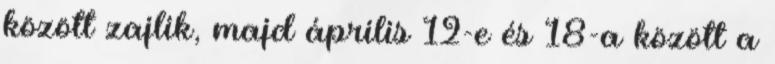
között zajlik, majd április 12-e és 18-a között a